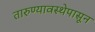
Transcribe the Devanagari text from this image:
तारुण्यावस्थेपासून